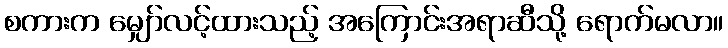
စကားက မျှော်လင့်ထားသည့် အကြောင်းအရာဆီသို့ ရောက်မလာ။